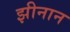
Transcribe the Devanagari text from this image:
झीनान